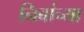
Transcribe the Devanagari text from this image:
निबांच्या